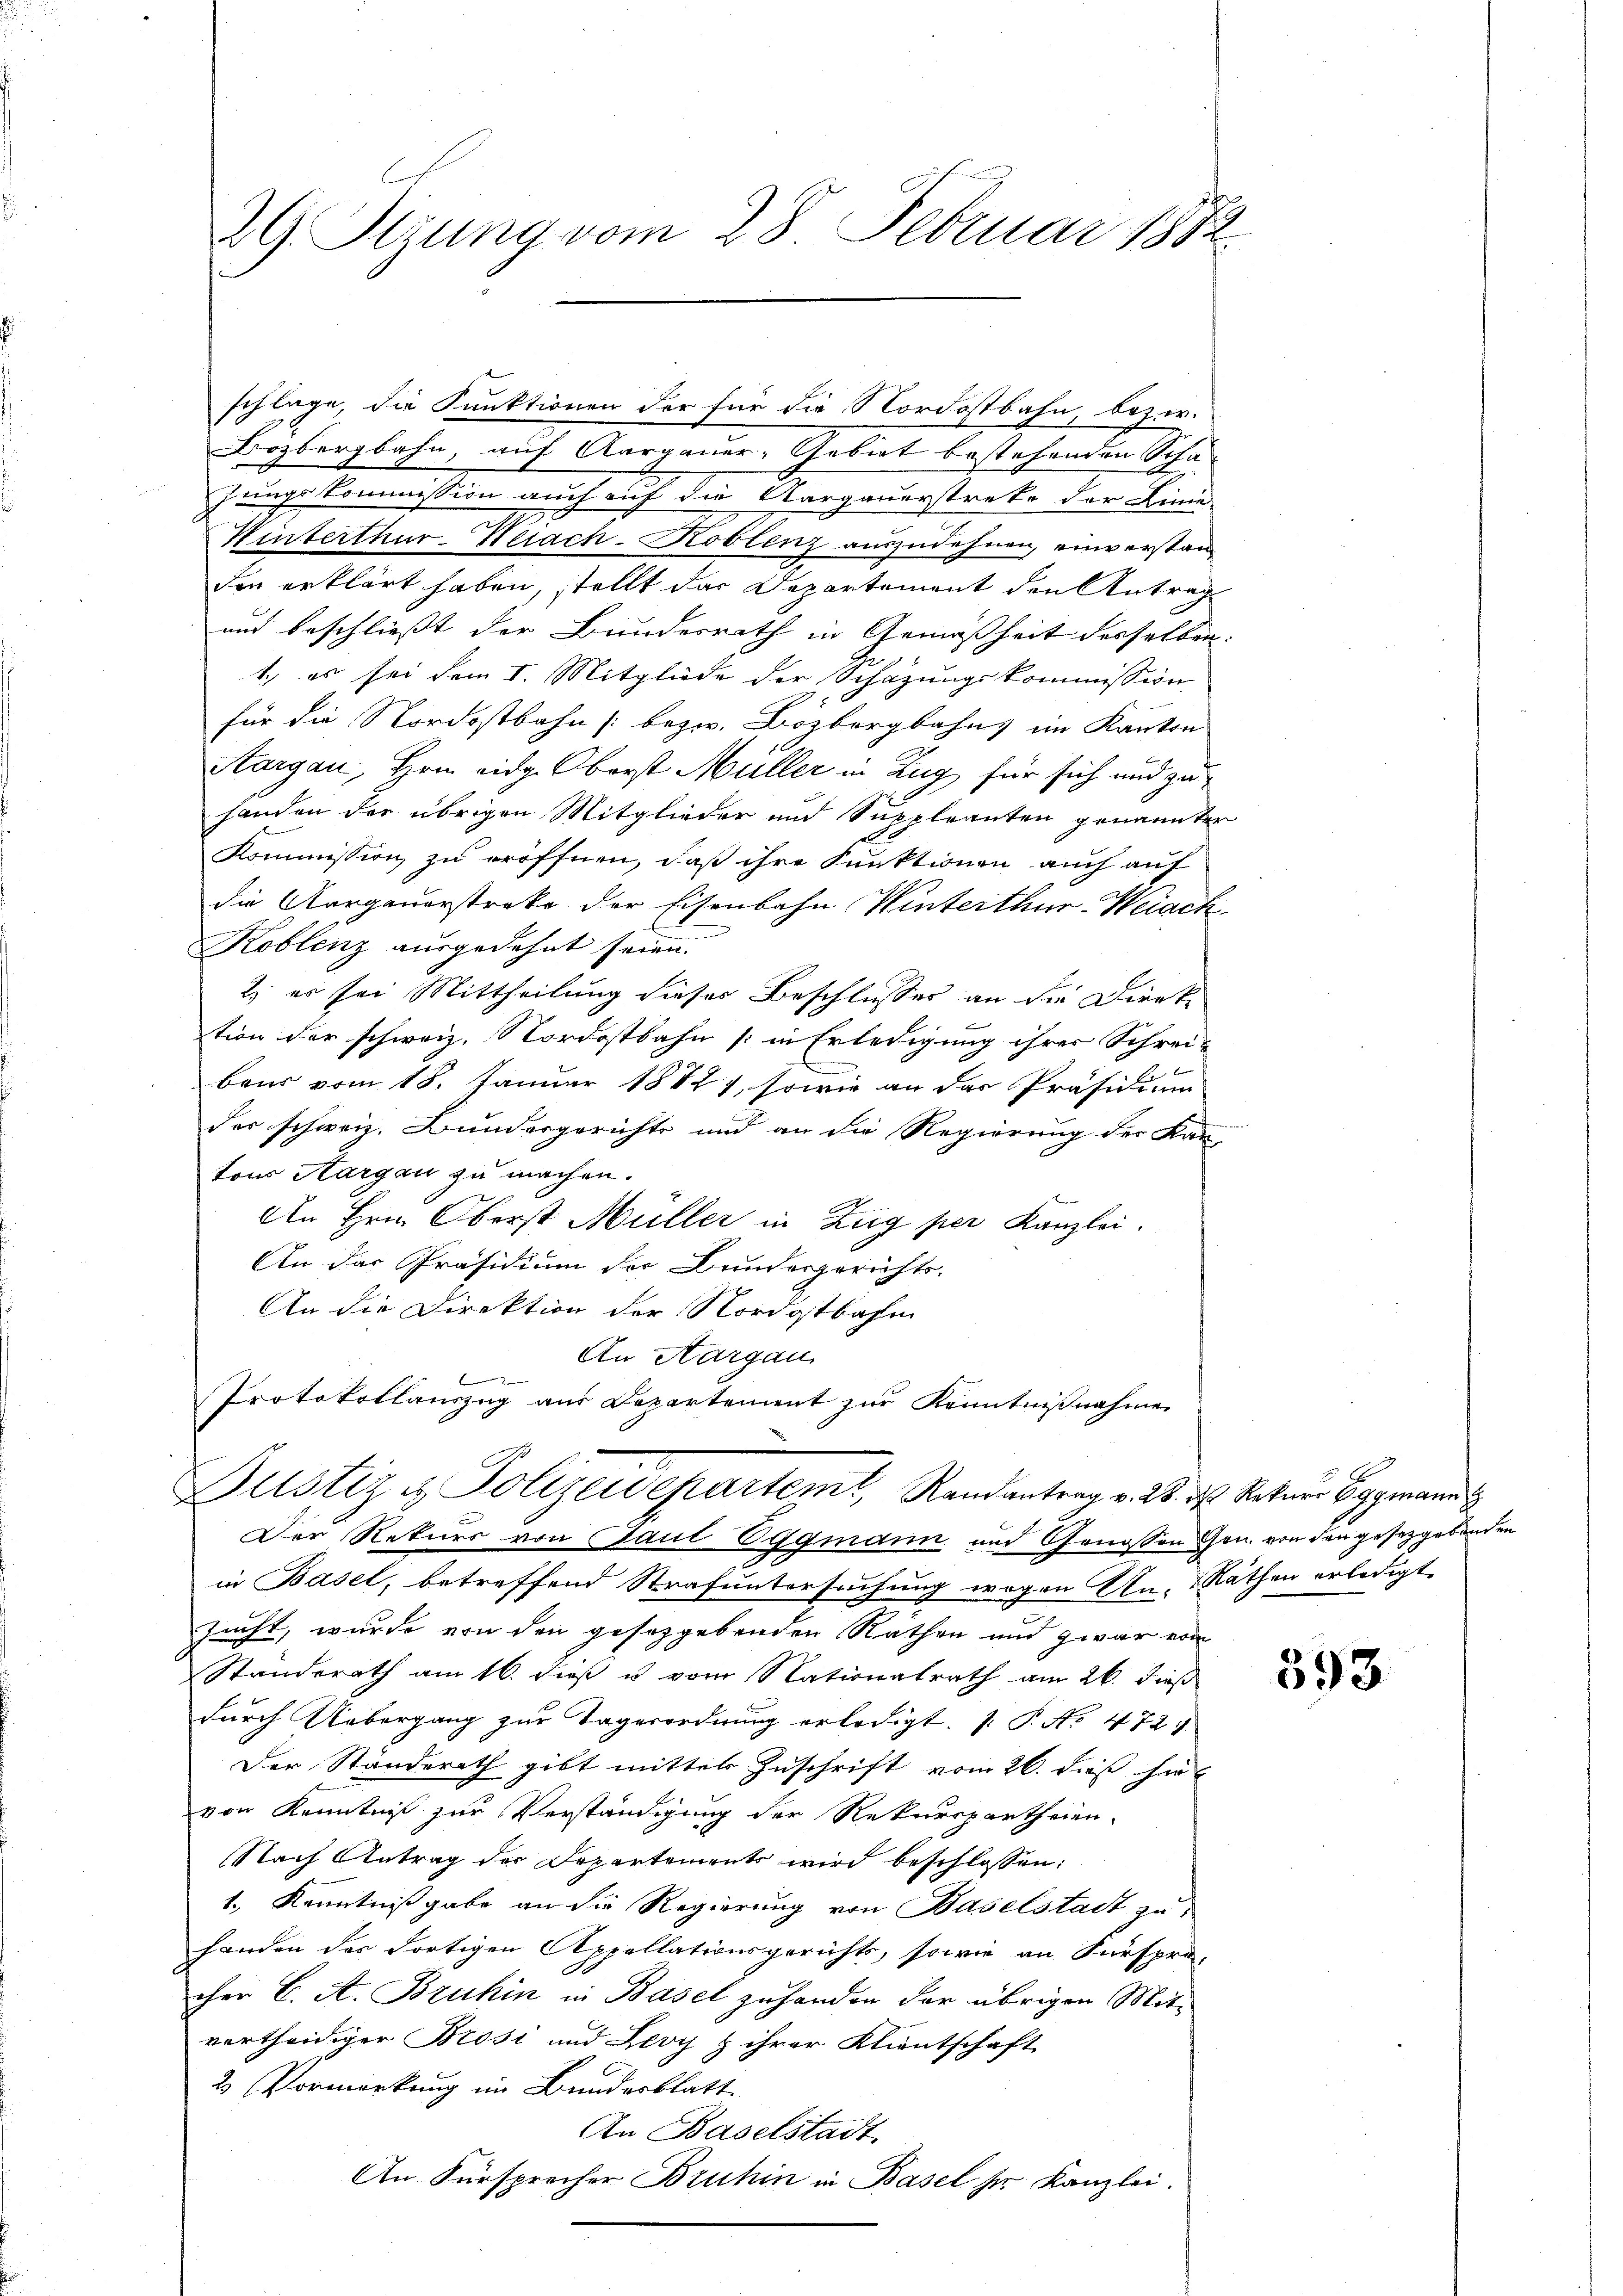
schlage, die Funktionen der für die Nordostbahn, bezier-
Bozbergbahn, auf Aargauer-Gebiet bestehenden Scha
jungskommission auch auf die Aargauerstreke der Linie
Hinterthur-Weiach-Koblenz auszudehnen, einverstan
den erklärt haben, stellt das Departement den Antrag
und beschliesst der Bundesrath in Gemäßheit derselben
1.) es sei dem 1. Mitgliede der Schazungskommission
für die Nordostbahn bezw. Bözbergbahns im Kanton
Aargau, Hrn. eidg. Oberst Müller in Zug für sich und zu
handen der übrigen Mitglieder und Suppleanten genannter
Kommission zu eröffnen, daß ihre Funktionen auch auf
die Aargauerstreke der Eisenbahn Winterthur-Weiach
n
Koblenz ausgedehnt seien.
2) es sei Mittheilung dieses Beschlusses an die Dierke
tion der schweiz. Nordostbahn (in Erledigung ihrer Schrei-
beus vom 18. Januar 1882), sowie an das Präsidium
des schweiz. Bundergerichte und an die Regierung der Kan-
tons Aargau zu machen.
An Hrn. Oberst Müller in Zug per Kanzlei.
An das Präsidium der Bundergerichts-
An die Direktion der Nordostbahn
An Aargau

E
Protokollauszug aus Departement zur Kenntnißnahme
Justiz & Polizeidepartem Randantrag v. 23. ds. Reitaus Eggmann
Der Rekurs von Paul Eggmann und Genossen Gen. von den gesetzgebenden
in Basel, betreffend Strafuntersuchung wegen Un- Räthen erledigt
sucht, wurde von den gesetzgebenden Rathen und zwar von
Standerath am 16. dieß u vom Nationalrath am 26. dieß
durch Uebergang zur Tagesordnung erledigt. P. No. 472.
Der Ständerath gibt mitter Zuschrift vom 26. dieß hie
von Kenntniß zur Verständigung der Rekurspartheien.
Nach Antrag der Departements wird beschlossen:
1., Kenntnißgabe an die Regierung von Baselstadt zu
handen des Fortigen Appellationsgerichts, sowie an Fürspre-
cher C. A. Bruhin in Basel zu handen der übrigen Mite
vortheidiger Brosi und Zevy & ihrer Klientschaft
2 Vormerkung im Bundesblatt
An Baselstadt
An Fürsprecher Bruhin in Basel ser Kanzlei.

29. Sitzung vom 28. Februar 1802.

en

593